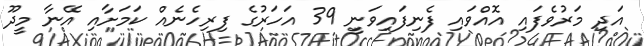
އަދި މަރުވެފައި އޮއްވައި ފެނިފައިވަނީ 39 އަހަރުގެ ފިރިހެނެއް ކަމަށާއި އޭނާ މީދޫ